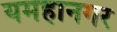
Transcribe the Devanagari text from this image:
यमहानगर